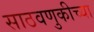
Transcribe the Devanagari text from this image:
साठवणुकीच्या